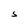
Character: S